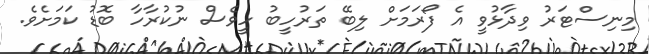
މިނިސްޓަރު ވިދާޅުވީ އެ ފޯރަމަށް ލިބޭ ތަރުހީބު ހީވެސް ނުކުރާހާ ބޮޑު ކަމަށެވެ.